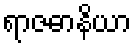
ရာဇဓာနိယာ